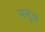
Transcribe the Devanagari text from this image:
मनुअ